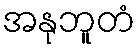
အနုဘူတံ